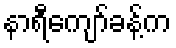
နာရီကျော်ခန့်က